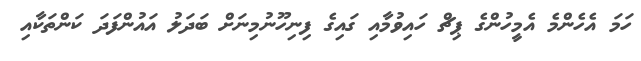
ހަމަ އެހެންމެ އެމީހުންގެ ޕިޗް ހައިވުމާއި ގައިގެ ފިނިހޫނުމިނަށް ބަދަލު އައުންފަދަ ކަންތަކާއި